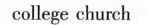
college church